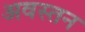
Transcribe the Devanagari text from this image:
अवस्तन